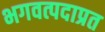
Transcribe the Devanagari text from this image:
भगवत्पदाप्रत